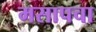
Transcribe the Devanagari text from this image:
मसापचा